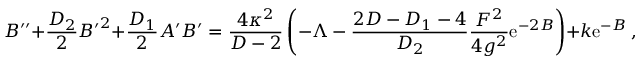
B ^ { \prime \prime } + { \frac { D _ { 2 } } { 2 } } { B ^ { \prime } } ^ { 2 } + { \frac { D _ { 1 } } { 2 } } A ^ { \prime } B ^ { \prime } = { \frac { 4 \kappa ^ { 2 } } { D - 2 } } \left( - \Lambda - { \frac { 2 D - D _ { 1 } - 4 } { D _ { 2 } } } { \frac { F ^ { 2 } } { 4 g ^ { 2 } } } \mathrm { e } ^ { - 2 B } \right) + k \mathrm { e } ^ { - B } ~ ,